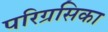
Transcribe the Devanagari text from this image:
परिग्रसिका